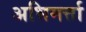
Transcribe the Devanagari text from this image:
अभिमर्त्ता